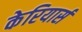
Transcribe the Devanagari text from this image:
केरियार्स